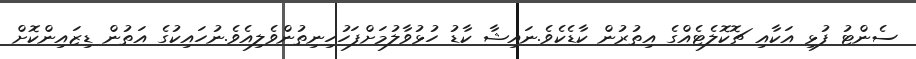
ސެންޓު ފުޅި އަކާއި ޗޮކޮލެޓެއްގެ އިތުރުން ކާޑެކެވެ.ނައިޝާ ކާޑު ހުޅުވާލުމަށްފަހުހިނިތުންވެލިއެވެ.ނުހައިކުގެ އަތުން ޑިޒައިންކޮށް